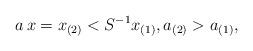
LaTeX: \begin{align*}a\, x = x_{(2)}<S^{-1} x_{(1)},a_{(2)}> a_{(1)},\end{align*}